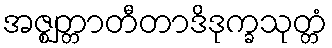
အဇ္ဈတ္တာတီတာဒိဒုက္ခသုတ္တံ